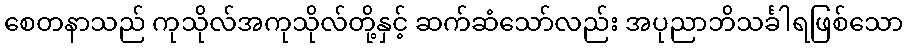
စေတနာသည် ကုသိုလ်အကုသိုလ်တို့နှင့် ဆက်ဆံသော်လည်း အပုညာဘိသင်္ခါရဖြစ်သော